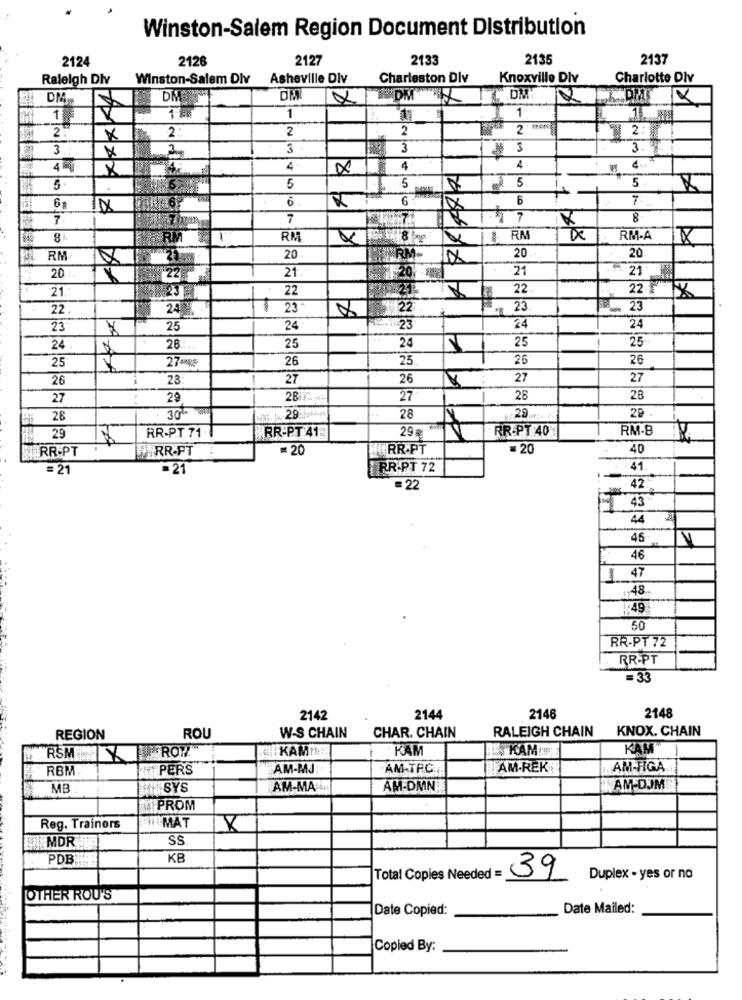
Winston-Salem Region Document Distribution
2124
2126
2127
2133
2135
2137
Raleigh Div
Winston-Salem Dlv
Asheville Div
Charleston Dlv
Knoxville Div
Charlotte Dlv
YDMY OM
1.
V
1
2
2:
2
2
2 "
3
3
3
13
3
4
4
4
4
5
5.
5
5
6
6
7
IN
7
7
XI
17
8
RM
RA
RM-A
20
RM
20
RM-
20
20
21 .-
21
21
120 ml
21.
22
22
22 FX
22
24
23"
22
23
23
24
23
25
24
23
24
25
25
24
28
25
24
25
274 **
26
25
26
26
26
23
27
26
27
27
27
29
27
28
30
2P
28
291
28
29
RR-PT 71 -1
RR-PT 40
RM-B
29
RR-PT 41
29₦
RR-PT
RR.PT
=20
HURR.PT
=20
40
= 21
=21
RR-PT 72
41
=22
42
43
44
45
46
1
47
48
49
50
RR-PT 72
RR-PT
=33
2148
2142
2144
2146
RALEIGH CHAIN
KNOX. CHAIN
REGION
ROU
W-S CHAIN
CHAR. CHAIN
KAMP:
KAM
ES KAMIS
KAM"
RSM ROPA
RBM,
PERS
AM-MJ
AM-TR.C.
AM.REK
AM-FIGA
MB
SYS
AM-MAIL
AM-DMN!
AM-DJM
PROM
Reg. Trainers
H MAT
MDR
SS.
PDB
KB
Total Copies Needed =
39
Duplex - yes or no
OTHER ROU'S
Date Copied:
Date Mailed:
Copied By: